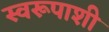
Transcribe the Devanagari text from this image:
स्वरूपाशी